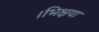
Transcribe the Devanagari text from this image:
।भिक्षया